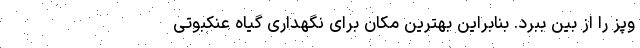
وپز را از بین ببرد. بنابراین بهترین مکان برای نگهداری گیاه عنکبوتی